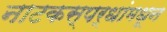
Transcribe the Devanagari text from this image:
नाटकस्पर्धांमधून